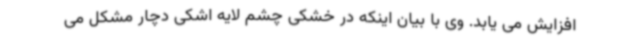
افزایش می یابد. وی با بیان اینکه در خشکی چشم لایه اشکی دچار مشکل می